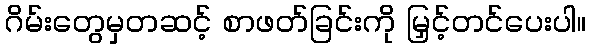
ဂိမ်းတွေမှတဆင့် စာဖတ်ခြင်းကို မြှင့်တင်ပေးပါ။